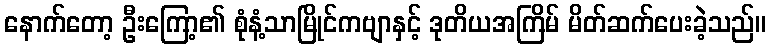
နောက်တော့ ဦးကြော့၏ စုံနံ့သာမြိုင်ကဗျာနှင့် ဒုတိယအကြိမ် မိတ်ဆက်ပေးခဲ့သည်။